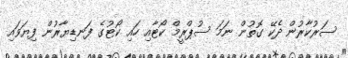
ސަރުކާރުން ދެކޭ ގޮތުން ނަމަ ސުޕްރީމް ކޯޓާއި ހައި ކޯޓުގެ ފަނޑިޔާރުން ފިޔަވައި